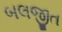
બલજીત